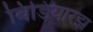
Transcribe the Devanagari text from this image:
बिडियारझ